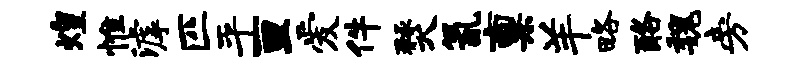
煌惟滹匹平亘爱件燹氤禀羊略酪魏旁